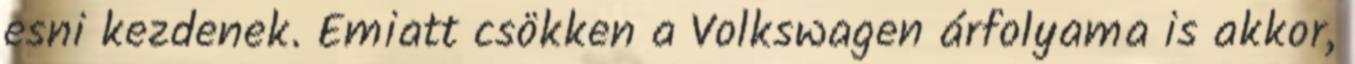
esni kezdenek. Emiatt csökken a Volkswagen árfolyama is akkor,